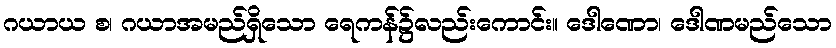
ဂယာယ စ၊ ဂယာအမည်ရှိသော ရေကန်၌လည်းကောင်း။ ဒေါဏော၊ ဒေါဏမည်သော